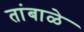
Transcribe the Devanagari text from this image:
तांबाळे